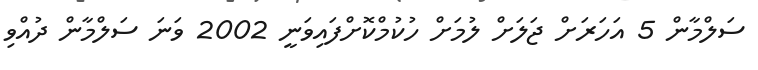
ސަލްމާން 5 އަހަރަށް ޖަލަށް ލުމަށް ހުކުމްކޮށްފައިވަނީ 2002 ވަނަ ސަލްމާން ދުއްވި